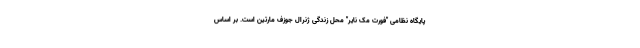
پایگاه نظامی "فورت مک نایر" محل زندگی ژنرال جوزف مارتین است. بر اساس